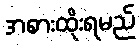
အစားထိုးရမည်